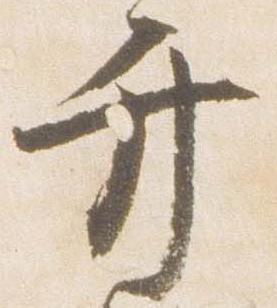
弁